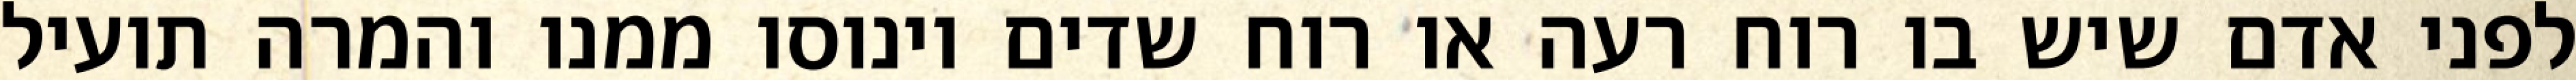
לפני אדם שיש בו רוח רעה או רוח שדים וינוסו ממנו והמרה תועיל